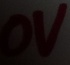
Text: 0V